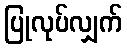
ပြုလုပ်လျှက်